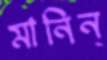
মানিন্